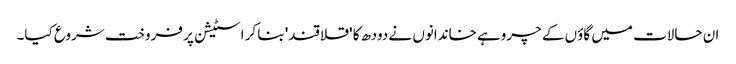
ان حالات میں گاؤں کے چروہے خاندانوں نے دودھ کا 'قلاقند' بنا کر اسٹیشن پر فروخت شروع کیا۔